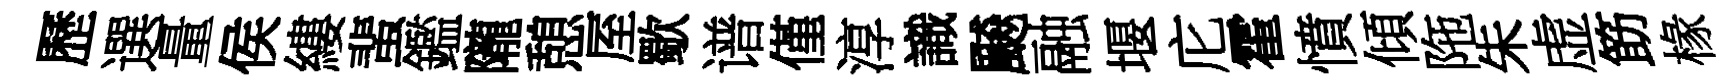
歷選量侯縷蜚鑑隴憩厔歜谱僅淳識飇融堰庀霍憤傾陁朱虚筯椽